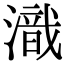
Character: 𣽚